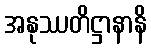
အနုဿတိဋ္ဌာနာနိ